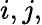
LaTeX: i,j,